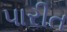
પારીત